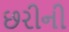
છરીની